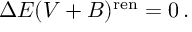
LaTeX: \Delta E ( V + B ) ^ { \mathrm { r e n } } = 0 \, .